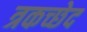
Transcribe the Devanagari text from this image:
त्रकच्छेद